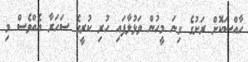
ހާއްސަކޮށް ރަށުގެ ގިނަ މީހުން ވަޅުލާފައި ހުރި ކުރީގެ ސަހަރާ އެއްވެސް މި